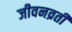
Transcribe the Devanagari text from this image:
जीवनव्रती